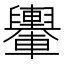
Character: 𨏮